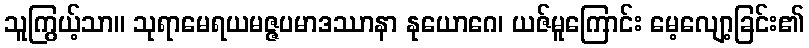
သူကြွယ့်သာ။ သုရာမေရယမဇ္ဇပမာဒဿာနာ နုယောဂေ၊ ယဇ်မူကြောင်း မေ့လျော့ခြင်း၏